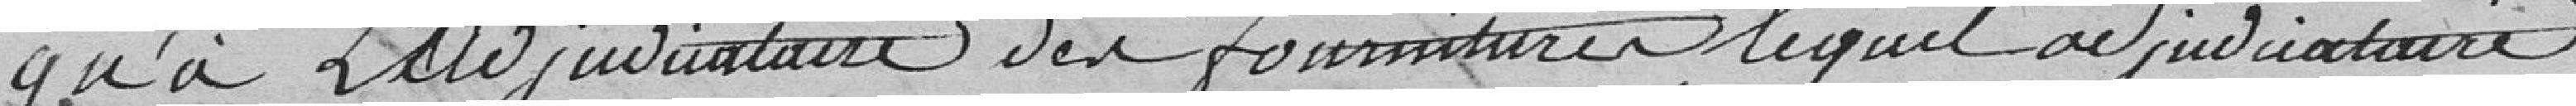
qu'à l'adjudicataire des fournitures lequel adjudicataire